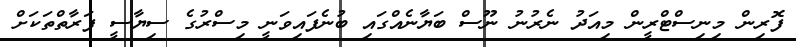
ފޮރިން މިނިސްޓްރީން މިއަދު ނެރުނު ނޫސް ބަޔާނެއްގައި ބުނެފައިވަނީ މިސްރުގެ ސިޔާސީ ފަރާތްތަކަށް